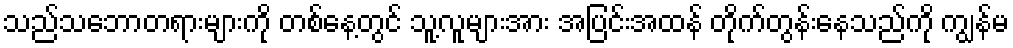
သည်သဘောတရားများကို တစ်နေ့တွင် သူ့လူများအား အပြင်းအထန် တိုက်တွန်းနေသည်ကို ကျွန်မ